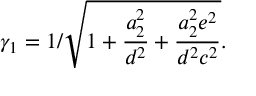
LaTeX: \gamma _ { 1 } = { 1 / \sqrt { 1 + { \frac { a _ { 2 } ^ { 2 } } { d ^ { 2 } } } + { \frac { a _ { 2 } ^ { 2 } e ^ { 2 } } { d ^ { 2 } c ^ { 2 } } } } } .